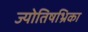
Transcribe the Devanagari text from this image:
ज्योतिषभ्रिका